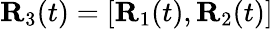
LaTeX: {\mathbf R}_{3}(t)=[{\mathbf R}_{1}(t),{\mathbf R}_{2}(t)]